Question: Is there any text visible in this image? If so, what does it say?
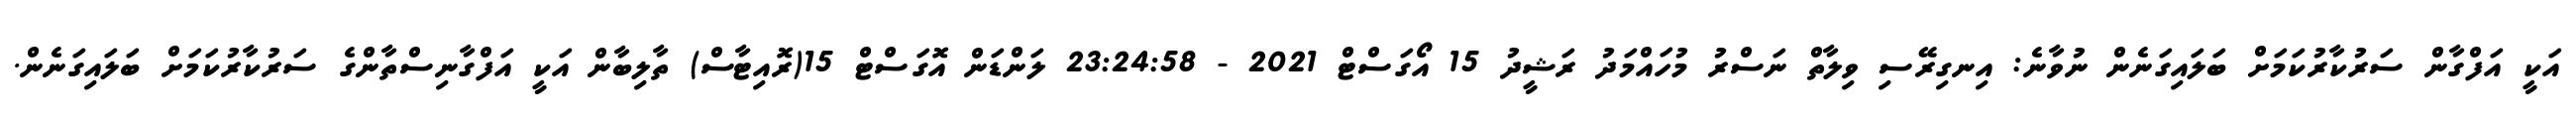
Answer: އަކީ އަފްގާން ސަރުކާރުކަމަށް ބަލައިގަނެން ނުވާނެ: އިނގިރޭސި ވިލާތް ނަސްރު މުހައްމަދު ރަޝީދު 15 އޯގަސްޓް 2021 - 23:24:58 ލަންޑަން އޮގަސްޓް 15(ރޮއިޓާސް) ތާލިބާން އަކީ އަފްގާނިސްތާންގެ ސަރުކާރުކަމަށް ބަލައިގަނެން.